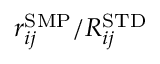
r _ { i j } ^ { \mathrm { { S M P } } } / R _ { i j } ^ { \mathrm { { S T D } } }